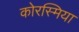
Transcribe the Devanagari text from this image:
कोरस्मिया